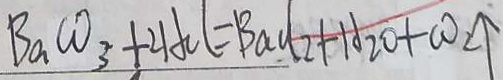
B a C O _ { 3 } + 2 H C l = B a C l _ { 2 } + H _ { 2 } O + C O _ { 2 } \uparrow